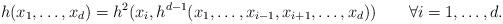
LaTeX: \begin{align*} h(x_1,\dots,x_d)=h^2(x_i,h^{d-1}(x_1,\dots,x_{i-1},x_{i+1},\dots,x_d))\qquad\forall i=1,\dots,d.\end{align*}